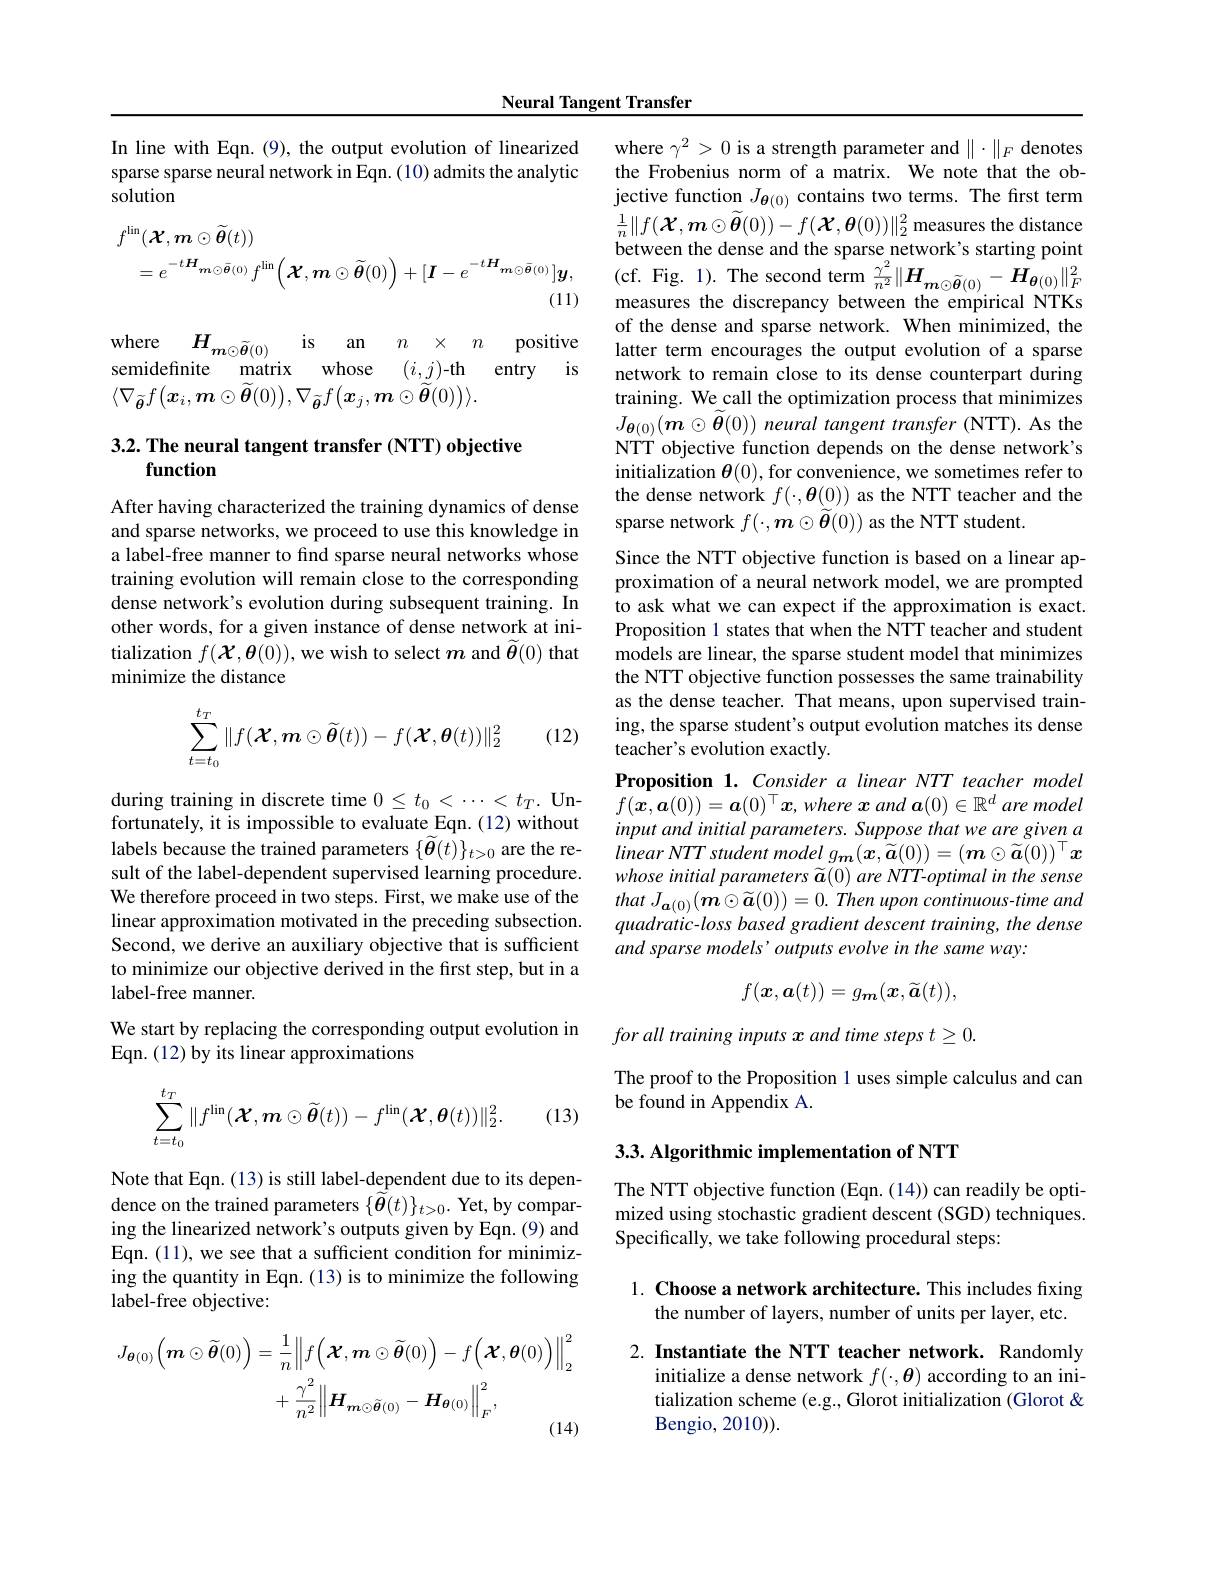
In line with Eqn.(9), the output evolution of linearized sparse sparse neural network in $\hat{\mathrm{Eqn.(10)admits~the~analytic}}$ solution
$$\begin{aligned}&f^{\mathrm{lin}}(\mathcal{X},\boldsymbol{m}\odot\widetilde{\boldsymbol{\theta}}(t))\\&=e^{-t\boldsymbol{H}_{\boldsymbol{m}\odot\bar{\boldsymbol{\theta}}(0)}}f^{\mathrm{lin}}\Big(\boldsymbol{X},\boldsymbol{m}\odot\widetilde{\boldsymbol{\theta}}(0)\Big)+[\boldsymbol{I}-e^{-t\boldsymbol{H}_{\boldsymbol{m}\odot\bar{\boldsymbol{\theta}}(0)}}]\boldsymbol{y},\end{aligned}$$
$is$
an $n$ $\times$ $n$ positive

where $H_{m\odot \tilde{\boldsymbol{\theta }} ( 0) }$
semidefinite matrix whose $(i,j)$-th entry is
$\langle\nabla_{\tilde{\boldsymbol{\theta}}}f(\boldsymbol{x}_i,\boldsymbol{m}\odot\widetilde{\boldsymbol{\theta}}(0)),\nabla_{\tilde{\boldsymbol{\theta}}}f(\boldsymbol{x}_j,\boldsymbol{m}\odot\widetilde{\boldsymbol{\theta}}(0))\rangle.$

3.2. The neural tangent transfer (NTT) objective
## function

After having characterized the training dynamics of dense and sparse networks, we proceed to use this knowledge in a label-free manner to find sparse neural networks whose training evolution will remain close to the corresponding dense network's evolution during subsequent training. In other words, for a given instance of dense network at initialization $f(\mathcal{X},\boldsymbol{\theta}(0))$, we wish to select $m$ and $\widetilde{\boldsymbol{\theta}}(0)$ that minimize the distance

(12)
$$\sum_{t=t_0}^{t_T}\|f(\mathcal{X},\boldsymbol{m}\odot\widetilde{\boldsymbol{\theta}}(t))-f(\mathcal{X},\boldsymbol{\theta}(t))\|_2^2$$
during training in discrete time $0\leq t_0<\cdots<t_T.$ Unfortunately, it is impossible to evaluate Eqn. (12) without labels because the trained parameters $\{\tilde{\boldsymbol{\theta}}(t)\}_{t>0}$ are the result of the label-dependent supervised learning procedure. We therefore proceed in two steps. First, we make use of the linear approximation motivated in the preceding subsection. Second, we derive an auxiliary objective that is sufficient to minimize our objective derived in the first step, but in a label-free manner.
We start by replacing the corresponding output evolution in
Eqn. (12) by its linear approximations
$$\sum_{t=t_0}^{t_T}\|f^{\mathrm{lin}}(\mathcal{X},\boldsymbol{m}\odot\widetilde{\boldsymbol{\theta}}(t))-f^{\mathrm{lin}}(\mathcal{X},\boldsymbol{\theta}(t))\|_2^2.$$
(13)

Note that Eqn. (13) is still label-dependent due to its dependence on the trained parameters $\{\tilde{\tilde{\boldsymbol{\theta}}}(t)\}_{t>0}.$ Yet, by comparing the linearized network's outputs given by Eqn. (9) and Eqn. (11), we see that a sufficient condition for minimizing the quantity in Eqn. (13) is to minimize the following label-free objective:
$$\begin{aligned}J_{\boldsymbol{\theta}(0)}\Big(\boldsymbol{m}\odot\widetilde{\boldsymbol{\theta}}(0)\Big)&=\frac{1}{n}\Big\|f\Big(\mathcal{X},\boldsymbol{m}\odot\widetilde{\boldsymbol{\theta}}(0)\Big)-f\Big(\mathcal{X},\boldsymbol{\theta}(0)\Big)\Big\|_{2}^{2}\\&+\frac{\gamma^{2}}{n^{2}}\Big\|\boldsymbol{H}_{\boldsymbol{m}\odot\widetilde{\boldsymbol{\theta}}(0)}-\boldsymbol{H}_{\boldsymbol{\theta}(0)}\Big\|_{F}^{2},\end{aligned}$$
Neural Tangent Transfer

Since the NTT objective function is based on a linear approximation of a neural network model, we are prompted to ask what we can expect if the approximation is exact. Proposition 1 states that when the NTT teacher and student models are linear, the sparse student model that minimizes the NTT objective function possesses the same trainability as the dense teacher. That means, upon supervised training, the sparse student's output evolution matches its dense teacher's evolution exactly.
Proposition 1. Consider a linear NTT teacher model $f(\boldsymbol{x},\boldsymbol{a}(0))=\boldsymbol{a}(0)^\top\boldsymbol{x},where\boldsymbol{x}$ and $\boldsymbol a(0)\in\mathbb{R}^d$ are model input and initial parameters. Suppose that we are given a $linearNTTstudentmodelg_{\boldsymbol{m}}(\boldsymbol{x},\widetilde{\boldsymbol{a}}(0))=(\boldsymbol{m}\odot\widetilde{\boldsymbol{a}}(0))^{\top}\boldsymbol{x}$ $whoseinitialparameters\tilde{\boldsymbol{a}}(0)areNTT-optimalinthese$ that $J_{\boldsymbol{a}( 0) }( \boldsymbol{m}\odot \widetilde{\boldsymbol{a}} ( 0) ) = 0.$ Then upon $continuous- time$ and $quadratic-lossbasedgradient$ descent training, the dense and sparse models ' outputs evolve in the same way:
$$f(\boldsymbol{x},\boldsymbol{a}(t))=g_{\boldsymbol m}(\boldsymbol{x},\widetilde{\boldsymbol{a}}(t)),$$
$forall\textit{training inputs x and time steps }t\geq 0.$

where $\gamma^2>0$ is a strength parameter and $\|\cdot\|_F$ denotes the Frobenius norm of a matrix. We note that the objective function $J_{\boldsymbol{\theta}(0)}$ contains two terms. The first term $\frac{1}{n}\|f(\boldsymbol{X},\boldsymbol{m}\odot\widetilde{\boldsymbol{\theta}}(0))-f(\boldsymbol{X},\boldsymbol{\theta}(0))\|_{2}^{2}$ measures the distance between the dense and the sparse network's starting point ( cf. Fig. 1) . The second term $\frac {\gamma ^{2}}{n^{2}}\| \boldsymbol{H}_{\boldsymbol{m}\odot \tilde{\boldsymbol{\theta }} ( 0) }- \boldsymbol{H}_{\boldsymbol{\theta }( 0) }\| _{F}^{2}$ measures the discrepancy between the empirical NTKs of the dense and sparse network. When minimized, the latter term encourages the output evolution of a sparse network to remain close to its dense counterpart during training. We call the optimization process that minimizes $J_{\boldsymbol{\theta}(0)}(\tilde{\boldsymbol{m}}\odot\tilde{\boldsymbol{\theta}}(0))$ neural tangent transfer (NTT). As the NTT objective function depends on the dense network's initialization $\theta(0)$, for convenience, we sometimes refer to the dense network $f(\cdot,\boldsymbol{\theta}(0))$ as the NTT teacher and the sparse network $f(\cdot,\boldsymbol{m}\odot\widetilde{\boldsymbol{\theta}}(0))$ as the NTT student.

The proof to the Proposition 1 uses simple calculus and can
be found in Appendix A.

3.3. Algorithmic implementation of NTT

The NTT objective function (Eqn. (14)) can readily be optimized using stochastic gradient descent (SGD) techniques. Specifically, we take following procedural steps:

## 1. Choose a network architecture. This includes fixing the number of layers, number of units per layer, etc.

2. Instantiate the NTT teacher network. Randomly
initialize a dense network $f(\cdot,\boldsymbol{\theta})$ according to an initialization scheme (e.g., Glorot initialization (Glorot & Bengio, 2010).